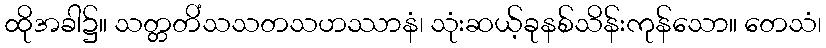
ထိုအခါ၌။ သတ္တတိံသသတသဟဿာနံ၊ သုံးဆယ့်ခုနစ်သိန်းကုန်သော။ တေသံ၊